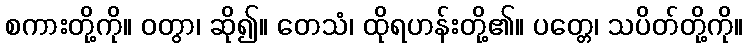
စကားတို့ကို။ ဝတွာ၊ ဆို၍။ တေသံ၊ ထိုရဟန်းတို့၏။ ပတ္တေ၊ သပိတ်တို့ကို။